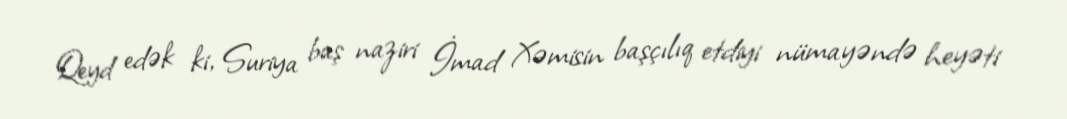
Qeyd edək ki, Suriya baş naziri İmad Xəmisin başçılıq etdiyi nümayəndə heyəti